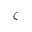
\zeta